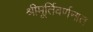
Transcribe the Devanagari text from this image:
श्रीमूर्तिवर्णनात